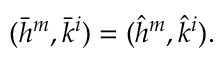
( \bar { h } ^ { m } , \bar { k } ^ { i } ) = ( \hat { h } ^ { m } , \hat { k } ^ { i } ) .